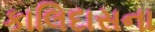
કાલિદાસના